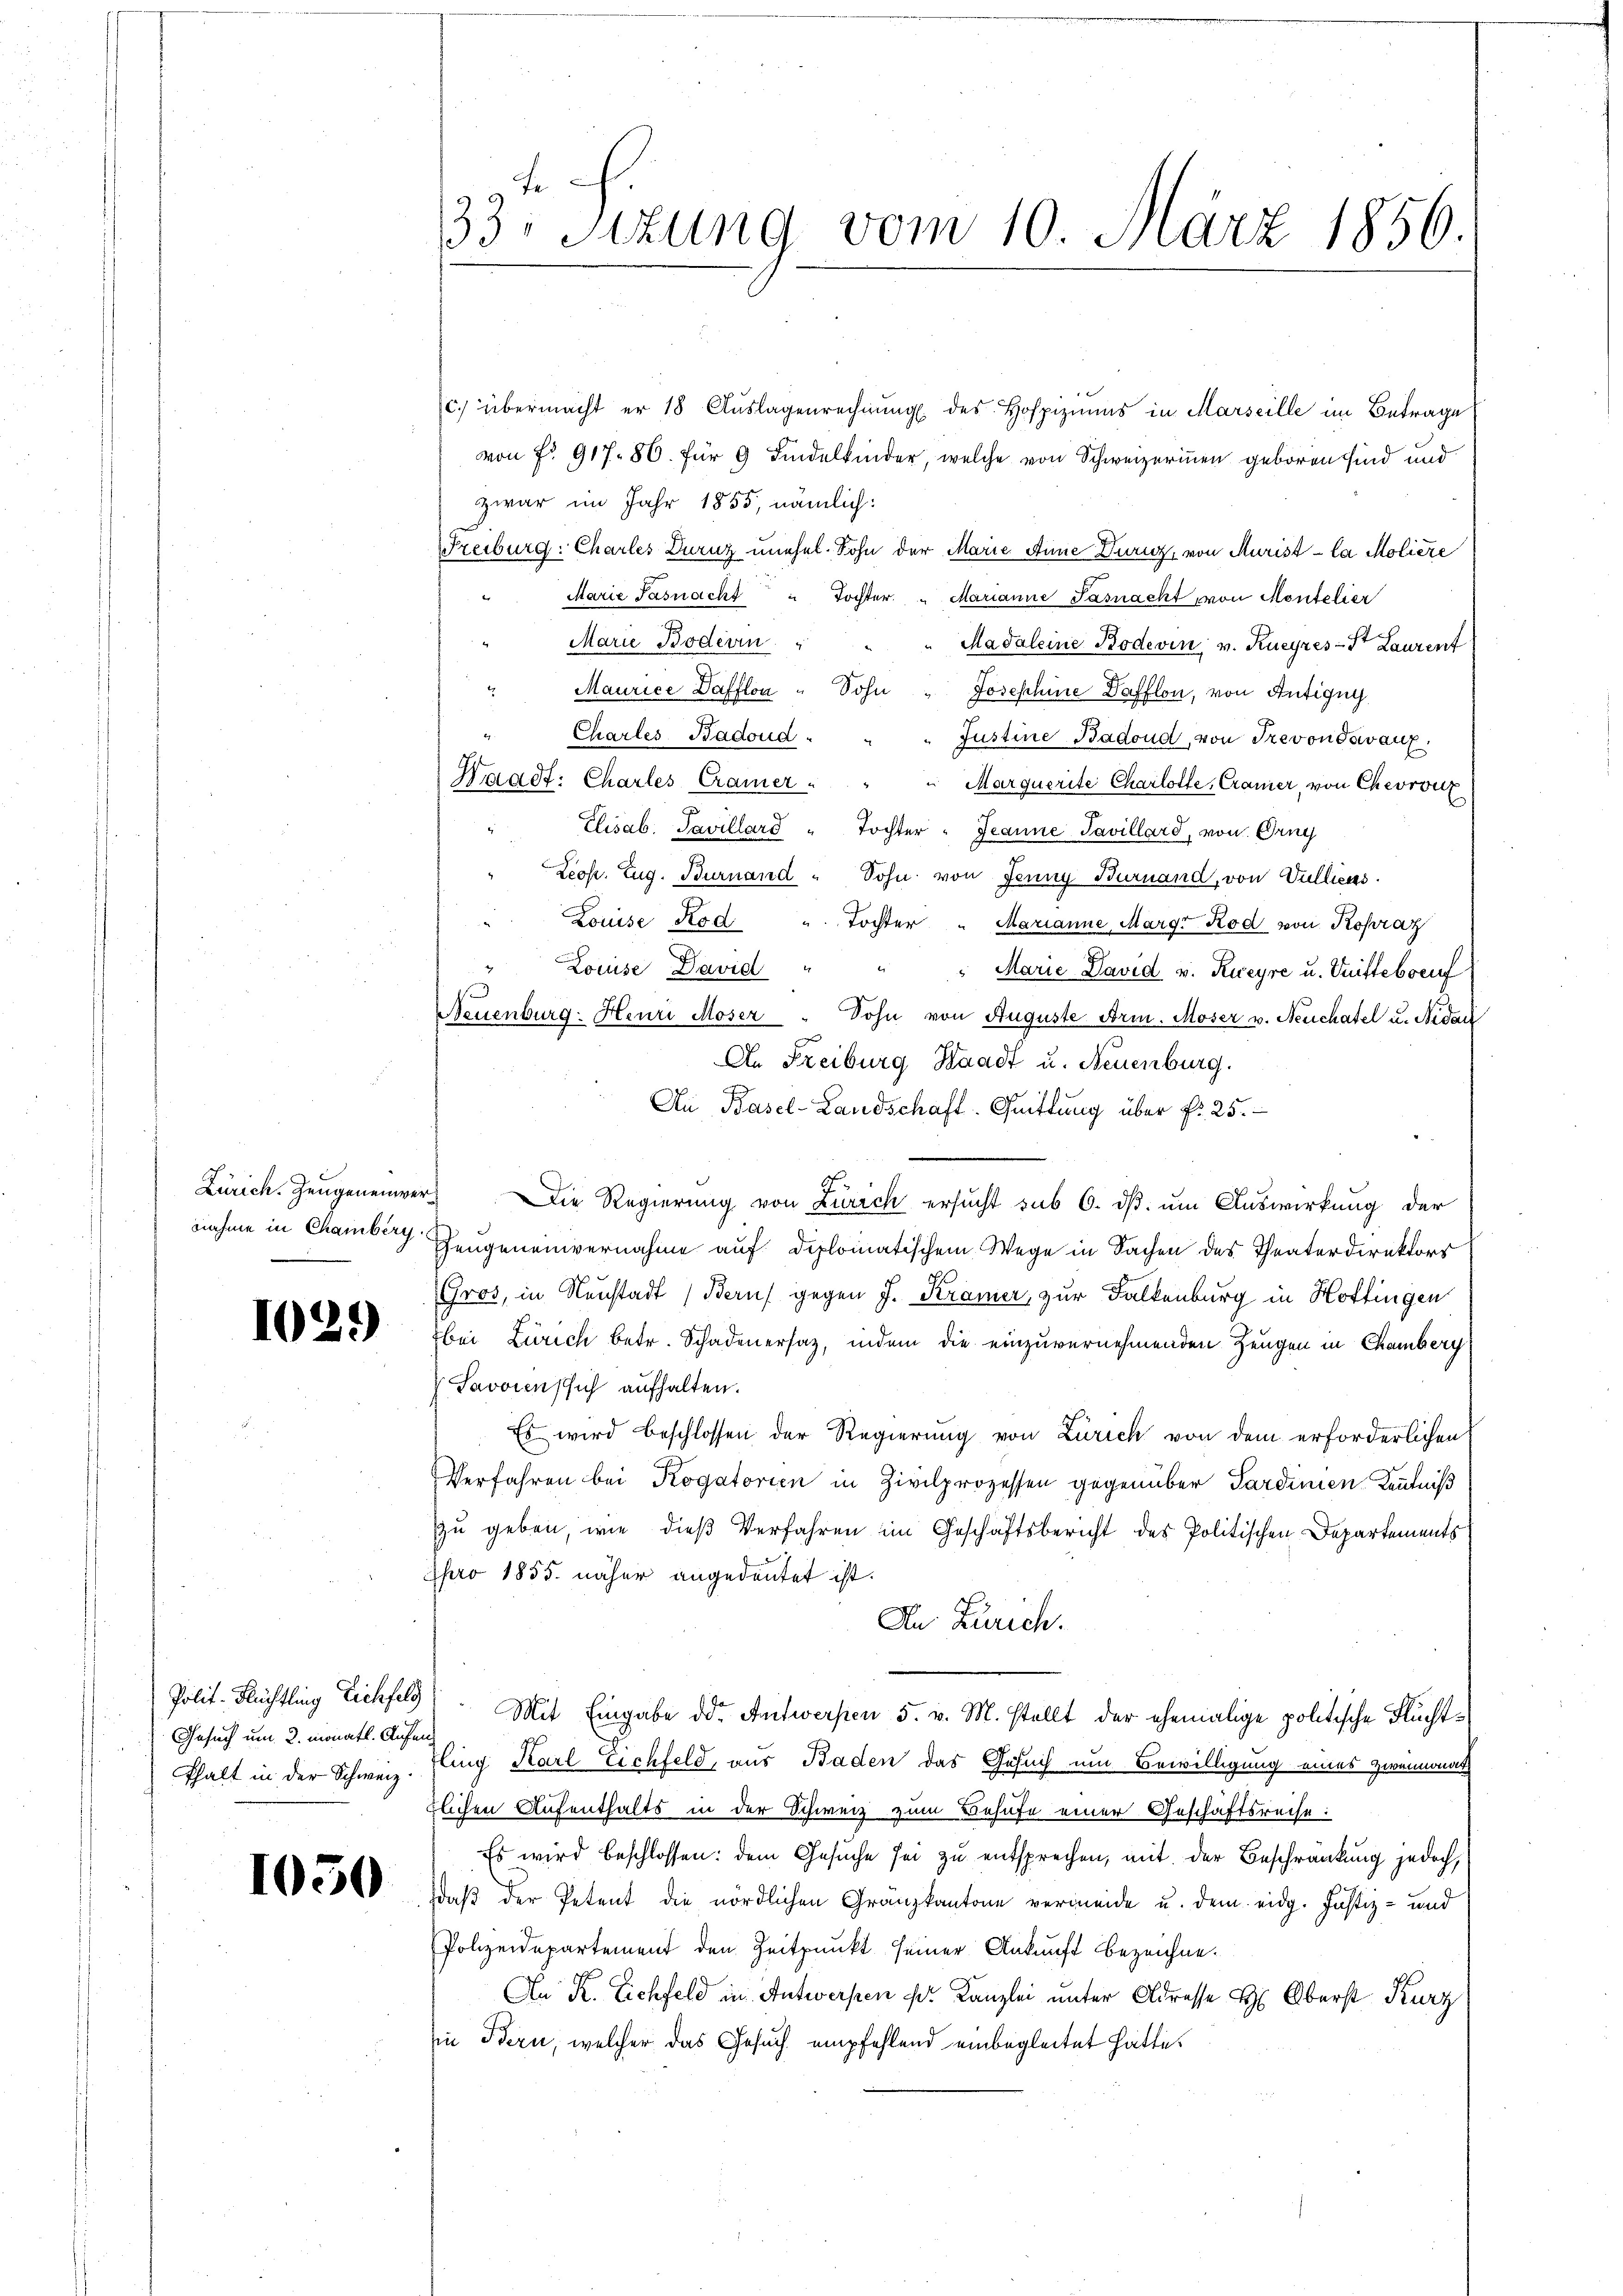
nnahme in Chamberg.

1029)

Polit. Flüchtling Eichfeld
Gesuch um 2. monatl. Anfang
fhalt in der Schweiz.

1050

.
9
33: Stzung vom 10. März 1856.

c. übermacht er 18 Aŭslagenrechnŭng des Hospiziums in Marseille im Betrage
von Fr. 917. 86. für 9 Findelkinder, welche von Schweizerinnen geboren sind und
zwar im Jahr 1855, nämlich:
Treiburg: Charles Duruz unehel. Sohn der Marie Anne Duruz, von Murist - la Moliere
Marie Pasnach " Tochter " Marianne Pasnacht von Montelier
Marie Boderin
Madaleine Bodevin, v. Kueyres St. Laurent
Maurice Dafflon " Sohn " Josephine Dafflon, von Antigny
Chartes Badoud
Justine Badoud, von Trevon devanz,
Waadt: Chartes Cramer
"Marquerite Charlotte, Cramer, von Chevront
Elisab. Pavillard " Tochter- Jeanne Pavillard, von Gang
Leop. Zug. Burnand " Sohn von Jenny Burnand, von Vulliens.
Louise Rod " Tochter " Marianne Margr Rod von Rohraz
Louise David " " " Marie David v. Kuryre u. Quitteboenf
Neuenburg: Heuri Moser " Sohn von Auguste Arm. Moser v. Neuchatel u. Nidau
An Freiburg Waadt u. Neuenburg.
Au Basel-Landschaft. Quittung über Nr. 25.
Zürich. Zeugeneinvers Die Regierung von Zürich ersucht sub 6. ds. um Auswirkung der
Gengeneinvernahme auf diplomatischem Wege in Sachen des Theaterdirektors
Gros, in Neustadt (Bern gegen J. Kramer, zur Falkenburg in Hottingen
bei Zürich betr. Schadenersaz, indem die einzuvernehmenden Zeugen in Chamberg
Savoyens sich aufhalten.
Es wird beschlossen der Regierung von Zürich von dem erforderlichen
Verfahren bei Kogatorien in Zivilprozessen gegenüber Sardinien Kenntniß
zu geben, wie dieß Verfahren im Geschäftsbericht des Politischen Departements
Apro 1855. näher angedeutet ist.
An Zürich.
Mit Eingabe der Antwerpen 5. v. M. stellt der ehemalige politische Fluchttling Karl Eichfeld, aus Baden das Gesuch um Bewilligung eines zweimonat
blichen Aufenthalts in der Schweiz zum Behufe einer Geschäftsreise:
Es wird beschlossen: dem Gesuche sei zu entsprechen, mit der Beschränkung jedoch,
daß der Petent die nördlichen Gränzkantone vermeide u. dem eidg. Justiz- und
Polizeidepartement den Zeitpunkt seiner Ankunft bezeichne.
An K. Lichfeld in Antwerpen u. Kanzlei unter Adresse H. Oberst Kurz
in Bern, welcher das Gesuch empfehlend einbegleitet hätte.